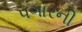
પગારની